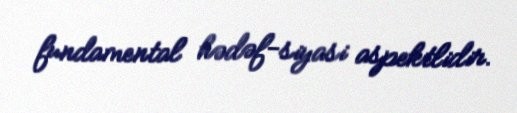
fundamental hədəf-siyasi aspektlidir.